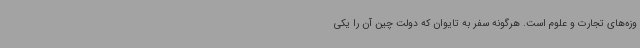
وزه‌های تجارت و علوم است. هرگونه سفر به تایوان که دولت چین آن را یکی